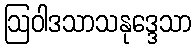
ဩဝါဒသာသနုဒ္ဒေသာ